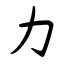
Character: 力